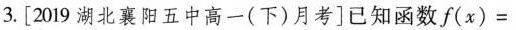
3.[2019湖北襄阳五中高一(下)月考]已知函数$$f ( x ) =